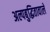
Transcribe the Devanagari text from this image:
अल्पबुद्धितावाले